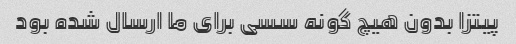
پیتزا بدون هیچ گونه سسی برای ما ارسال شده بود